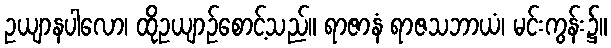
ဥယျာနပါလော၊ ထိုဥယျာဉ်စောင့်သည်။ ရာဇာနံ ရာဇသဘာယံ၊ မင်းကွန်း၌။